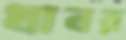
খাবর